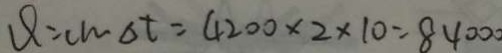
\varphi = c m \Delta t = 4 2 0 0 \times 2 \times 1 0 = 8 4 0 0 0